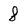
Character: 8